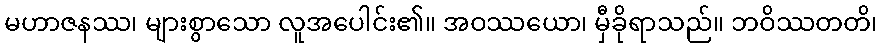
မဟာဇနဿ၊ များစွာသော လူအပေါင်း၏။ အဝဿယော၊ မှီခိုရာသည်။ ဘဝိဿတတိ၊